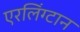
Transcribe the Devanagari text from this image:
एरलिंग्टान